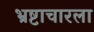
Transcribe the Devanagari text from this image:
भ्रष्टाचारला